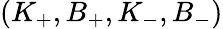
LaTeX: (K_{+},B_{+},K_{-},B_{-})